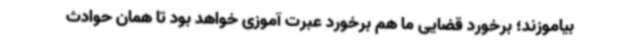
بیاموزند؛ برخورد قضایی ما هم برخورد عبرت آموزی خواهد بود تا همان حوادث